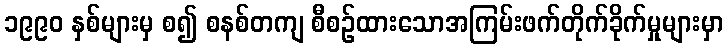
၁၉၉၀ နှစ်များမှ စ၍ စနစ်တကျ စီစဉ်ထားသောအကြမ်းဖက်တိုက်ခိုက်မှုများမှာ